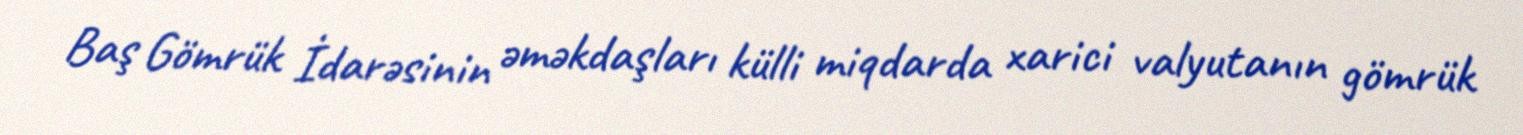
Baş Gömrük İdarəsinin əməkdaşları külli miqdarda xarici valyutanın gömrük